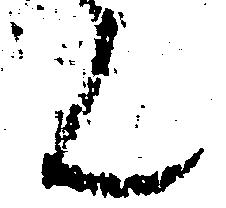
ん